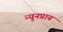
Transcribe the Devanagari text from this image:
न्यूनप्राय